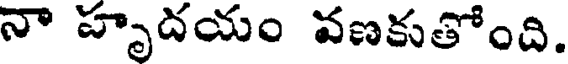
నా హృదయం వణకుతోంది.